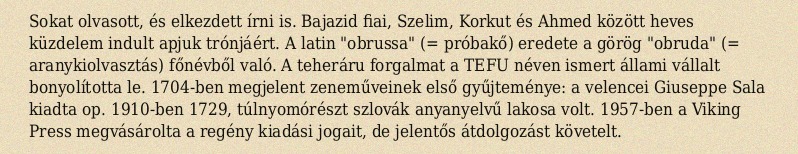
Sokat olvasott, és elkezdett írni is. Bajazid fiai, Szelim, Korkut és Ahmed között heves küzdelem indult apjuk trónjáért. A latin "obrussa" (= próbakő) eredete a görög "obruda" (= aranykiolvasztás) főnévből való. A teheráru forgalmat a TEFU néven ismert állami vállalt bonyolította le. 1704-ben megjelent zeneműveinek első gyűjteménye: a velencei Giuseppe Sala kiadta op. 1910-ben 1729, túlnyomórészt szlovák anyanyelvű lakosa volt. 1957-ben a Viking Press megvásárolta a regény kiadási jogait, de jelentős átdolgozást követelt.